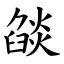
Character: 燄